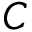
{ \cal { C } }